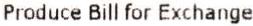
PRODUCE BILL FOR EXCHANGE